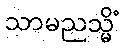
သာမညသ္မိံ